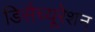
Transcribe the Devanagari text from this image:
डिसैच्यूरेशन